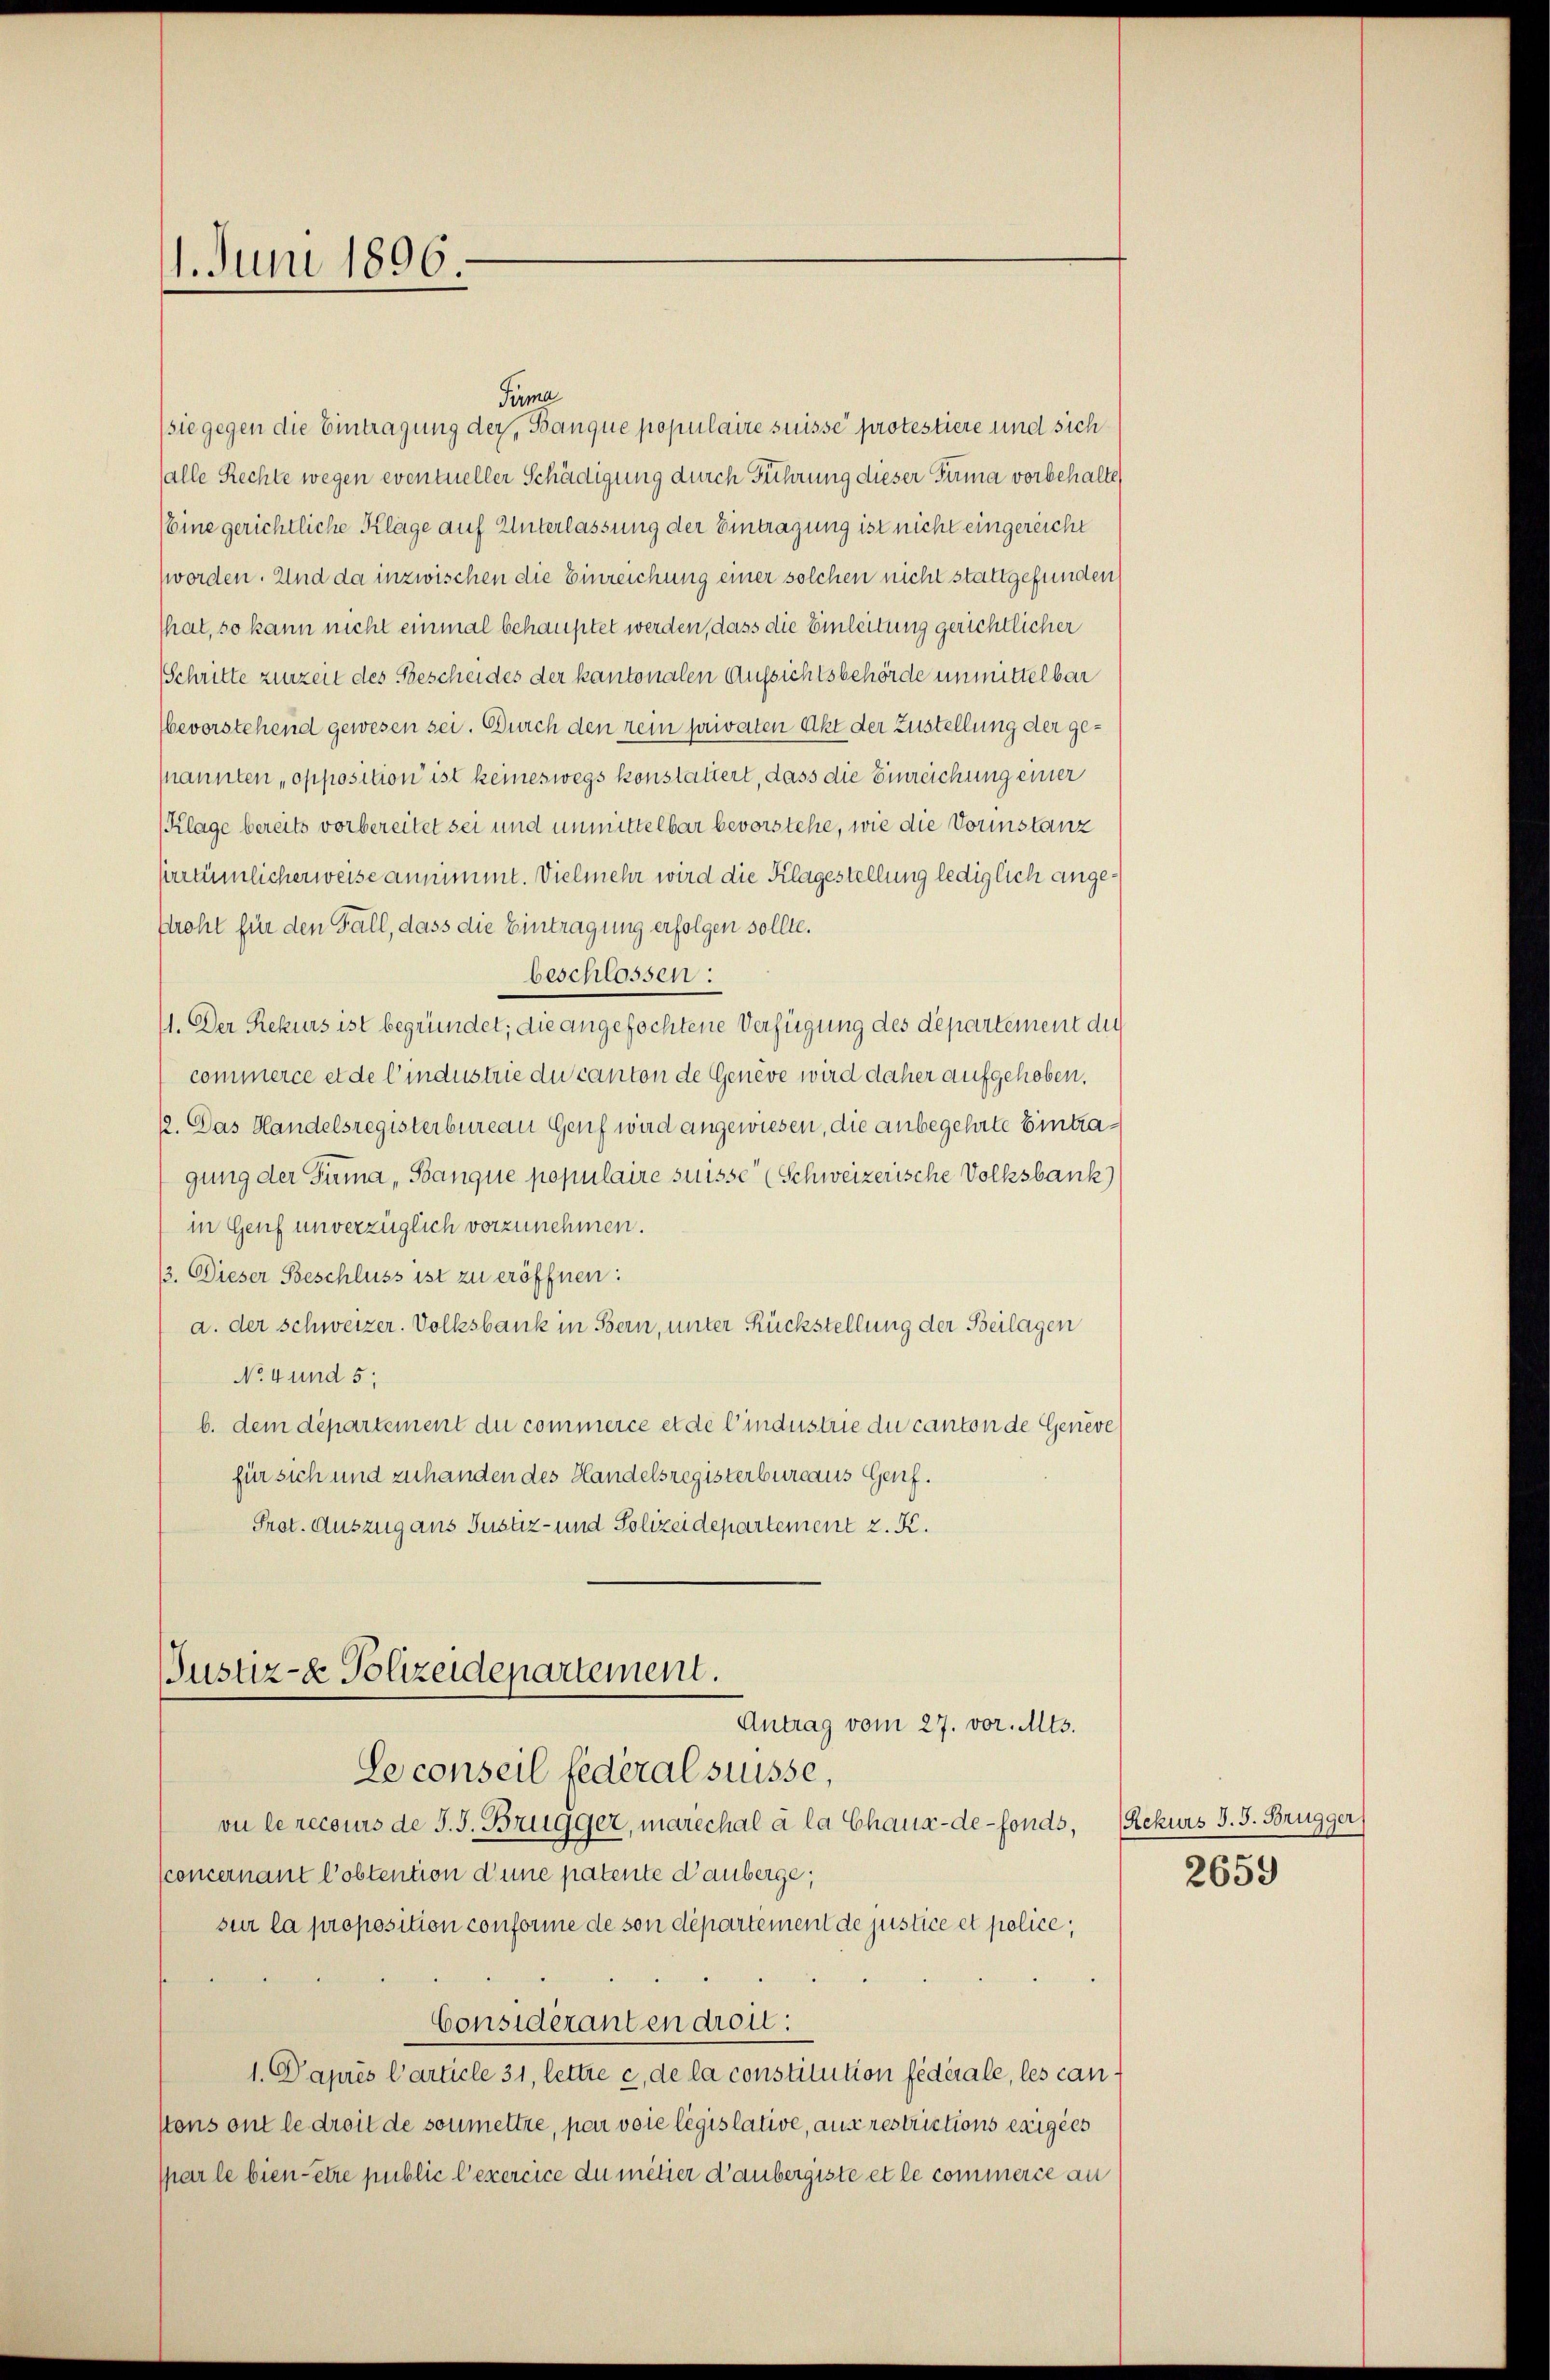
1. Juni 1896.

Tüma
(sie gegen die Eintragung der, Banque populaire suisse protestiere und sich
alle Rechte wegen eventueller Schädigung durch Führung dieser Firma vorbehalte
(eine gerichtliche Kläge auf Unterlassung der Eintragung ist nicht eingereicht
worden. Und da inzwischen die Einreichung einer solchen nicht stattgefunden
That, so kann nicht einmal behauptet werden, dass die Einleitung gerichtlicher
Schritte zurzeit des Bescheides der kantonalen Aufsichtsbehörde unmittelbar
bevorstehend gewesen sei. Durch den rein privaten Akt der Zustellung der gepannten „opposition ist keineswegs konstatiert, dass die Einreichung einer
Klage bereits vorbereitet sei und unmittelbar bevorstehe, wie die Vorinstanz
sirrtümlicherweise annimmt. Vielmehr wird die Klagestellung lediglich ange¬
Stroht für den Fall, dass die Eintragung erfolgen sollte.
beschlossen:
11. Der Rekurs ist begründet; die angefochtene Verfügung des departement die
commerce et de l’industrie du canton de Genève wird daher aufgehoben.
12. Das Handelsregisterbureau Genf wird angewiesen, die anbegehrte Eintragung der Tuma, Banque populaire suisse (Schweizerische Volksbank
in Genf unverzüglich vorzunehmen.
13. Dieser Beschluss ist zu eröffnen:
a. der Schweizer. Volksbank in Bern, unter Rückstellung der Beilagen
No 4 und 5:
b. dem departement du commerce et de l’industrie du canton de Genève
für sich und zuhanden des Handelsregisterbureaus Genf.
Prot. Auszug aus Justiz- und Polizeidepartement z. K.
Justiz- & Polizeidepartement.
Antrag vom 27. vor. Mts.
Se conseil fédéral suisse,
vu le recours de J. J. Brugger, marechal à la Chaux-de-Fonds, Rekurs J. J. Brugger
(concernant l’obtention d’une patente d’auberge,
sur la proposition conforme de son département de justice et police,
Consideranten droit:
1. Paprès l’article 31, lettre c, de la constitution fédérale, les canstons ont le droit de soumeltre, par voie législative, aus restrictions exigées
spar le bien - ettre public l’exercice du mitter d’aubergiste et le commerce an

2659